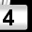
Digit: 4